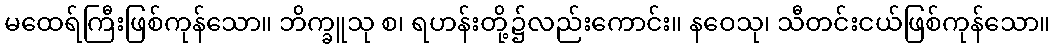
မထေရ်ကြီးဖြစ်ကုန်သော။ ဘိက္ခူသု စ၊ ရဟန်းတို့၌လည်းကောင်း။ နဝေသု၊ သီတင်းငယ်ဖြစ်ကုန်သော။